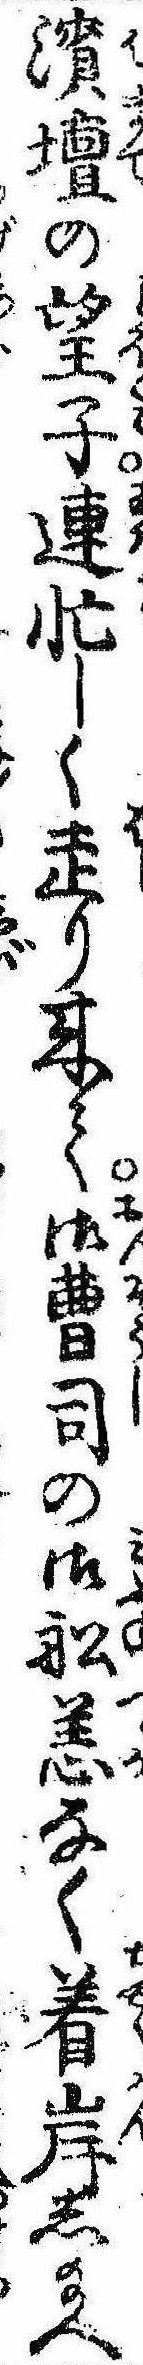
浜壇の望子連忙しく走り来て御曹司の御船恙なく着岸し給へ